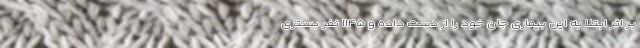
بر اثر ابتلا به این بیماری جان خود را از دست داده‌ و ۱۱۴۵ نفر بستری